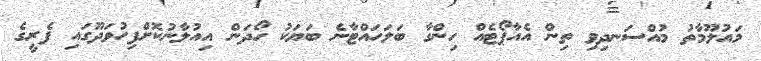
މައުލޫމާތު މުއްސަނދިވި ތިން އެއާޕޯޓެއް ހިންގާ ބަލަހައްޓާނެ ބަޔަކު ހޯދަން އިއުލާނުކޮށްފިހުވަދޫގައި ފެރީގެ